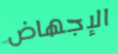
الإجهاض